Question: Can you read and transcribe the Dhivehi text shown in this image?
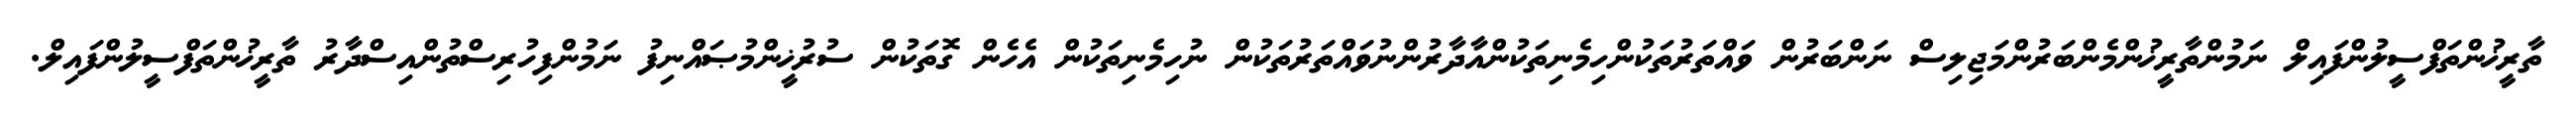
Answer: ތާރީޚުންތަފްސީލުންފައިލް ނަމުންތާރީޚުންމެންބަރުންމަޖިލިސް ނަންބަރުން ވައްތަރުތަކުންހިމެނިތަކުންއާދާރުންނުވައްތަރުތަކުން ނުހިމެނިތަކުން އެހެން ގޮތަކުން ސުރުޚީންމުޞައްނިފު ނަމުންފިހުރިސްތުންއިސްދާރު ތާރީޚުންތަފްސީލުންފައިލް.